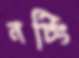
নটিং